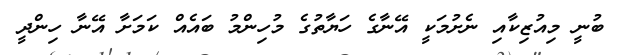
ބުނީ މިއުޒިކާއި ނެށުމަކީ އޭނާގެ ހަޔާތުގެ މުހިންމު ބައެއް ކަމަށާ އޭނާ ހިންދީ